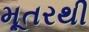
મૂતરથી